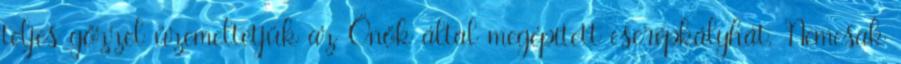
teljes gőzzel üzemeltetjük az Önök által megépített cserépkályhát. Nemcsak